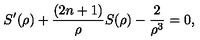
S ^ { \prime } ( \rho ) + \frac { ( 2 n + 1 ) } { \rho } S ( \rho ) - \frac { 2 } { \rho ^ { 3 } } = 0 ,